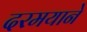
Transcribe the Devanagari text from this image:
दरमयाने